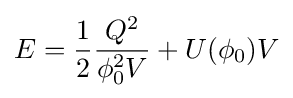
E={\frac {1}{2}}{\frac {Q^{2}}{\phi _{0}^{2}V}}+U(\phi _{0})V